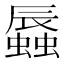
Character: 𧒏